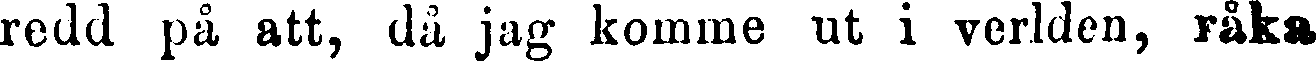
redd på att, då jag komme ut i verlden, råka